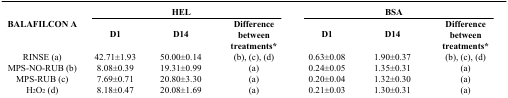
<table><thead><tr><td rowspan="2"><b>BALAFILCON A</b></td><td colspan="3"><b>HEL</b></td><td colspan="3"><b>BSA</b></td></tr><tr><td><b>D1</b></td><td><b>D14</b></td><td><b>Difference between treatments*</b></td><td><b>D1</b></td><td><b>D14</b></td><td><b>Difference between treatments*</b></td></tr></thead><tbody><tr><td>RINSE (a)</td><td>42.71±1.93</td><td>50.00±0.14</td><td>(b), (c), (d)</td><td>0.63±0.08</td><td>1.90±0.37</td><td>(b), (c), (d)</td></tr><tr><td>MPS-NO-RUB (b)</td><td>8.08±0.39</td><td>19.31±0.99</td><td>(a)</td><td>0.24±0.05</td><td>1.35±0.31</td><td>(a)</td></tr><tr><td>MPS-RUB (c)</td><td>7.69±0.71</td><td>20.80±3.30</td><td>(a)</td><td>0.20±0.04</td><td>1.32±0.30</td><td>(a)</td></tr><tr><td>H<sub>2</sub>O<sub>2</sub> (d)</td><td>8.18±0.47</td><td>20.08±1.69</td><td>(a)</td><td>0.21±0.03</td><td>1.30±0.31</td><td>(a)</td></tr></tbody></table>